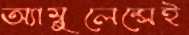
অ্যাম্বুলেন্সেই